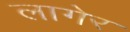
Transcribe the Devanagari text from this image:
लागेर